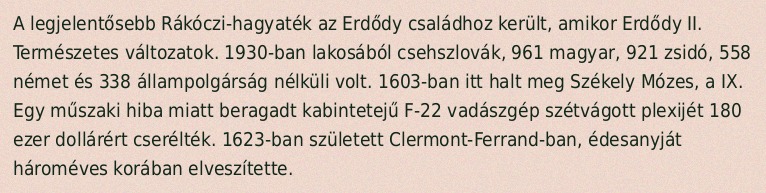
A legjelentősebb Rákóczi-hagyaték az Erdődy családhoz került, amikor Erdődy II. Természetes változatok. 1930-ban lakosából csehszlovák, 961 magyar, 921 zsidó, 558 német és 338 állampolgárság nélküli volt. 1603-ban itt halt meg Székely Mózes, a IX. Egy műszaki hiba miatt beragadt kabintetejű F-22 vadászgép szétvágott plexijét 180 ezer dollárért cserélték. 1623-ban született Clermont-Ferrand-ban, édesanyját hároméves korában elveszítette.